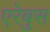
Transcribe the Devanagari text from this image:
एरेबुस